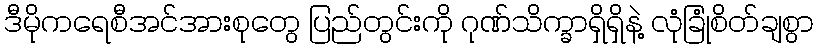
ဒီမိုကရေစီအင်အားစုတွေ ပြည်တွင်းကို ဂုဏ်သိက္ခာရှိရှိနဲ့ လုံခြုံစိတ်ချစွာ